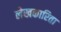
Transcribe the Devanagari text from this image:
लेखकारिता